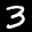
Label: 3